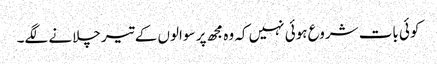
کوئی بات شروع ہوئی نہیں کہ وہ مجھ پر سوالوں کے تیر چلانے لگے۔